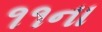
૧૧ના